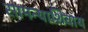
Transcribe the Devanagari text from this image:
सामन्याशिवाय